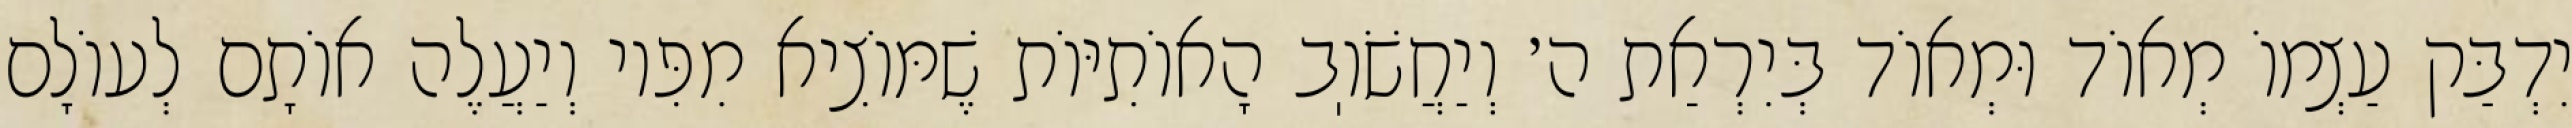
יִדְבַּק עַצְמוֹ מְאוֹד וּמְאוֹד בְּיִרְאַת ה׳ וְיַחֲשֹׁוֽב הָאוֹתִיּוֹת שֶׁמּוֹצִיא מִפִּיו וְיַעֲלֶה אוֹתָם לְעוֹלָם